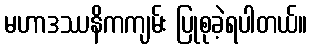
မဟာဒဿနိကကျမ်း ပြုစုခဲ့ရပါတယ်။